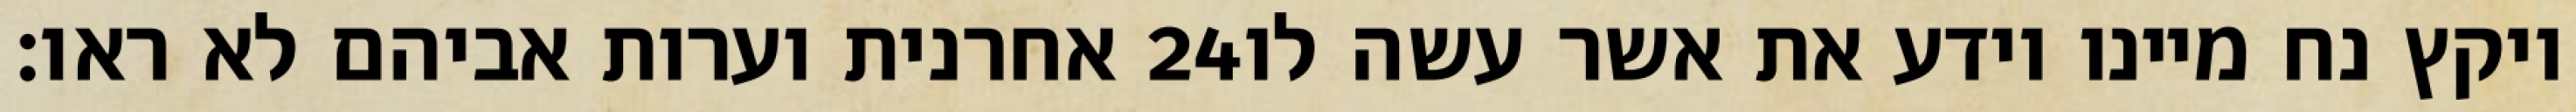
אחרנית וערות אביהם לא ראו׃ ‎24‏ ויקץ נח מיינו וידע את אשר עשה לו